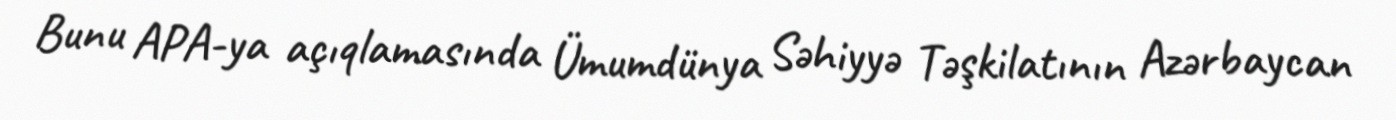
Bunu APA-ya açıqlamasında Ümumdünya Səhiyyə Təşkilatının Azərbaycan